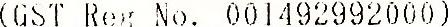
(GST REG NO. 001492992000)